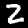
Label: 2